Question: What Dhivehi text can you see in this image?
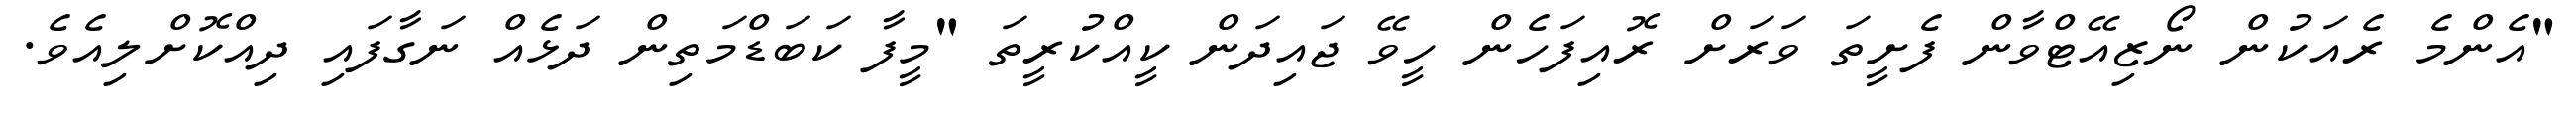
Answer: "އެންމެ ރެއަކުން ނޯޒިއޭޓްވާން ފެށީތަ ވަރަށް ރޮއިފަހެން ހީވޭ ޖައިދަން ކީއްކުރީތަ "މީފާ ކަބަޑްމަތިން ދަޅެއް ނަގާފައި ދިއްކޮށްލިއެވެ.